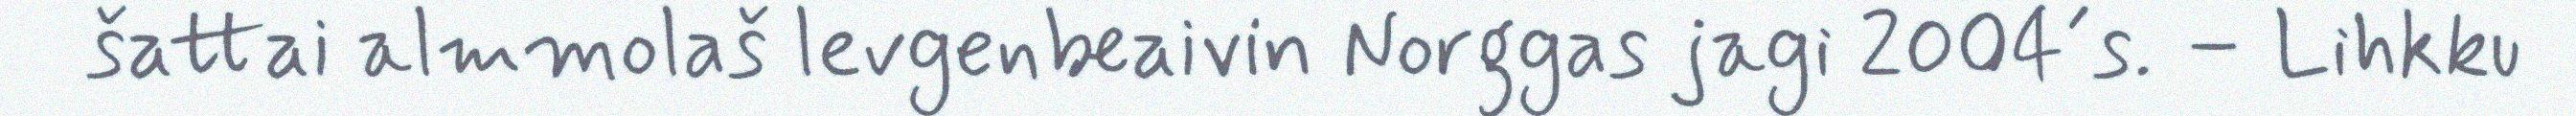
šattai almmolaš levgenbeaivin Norggas jagi 2004´s. – Lihkku